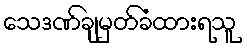
သေဒဏ်ချမှတ်ခံထားရသူ